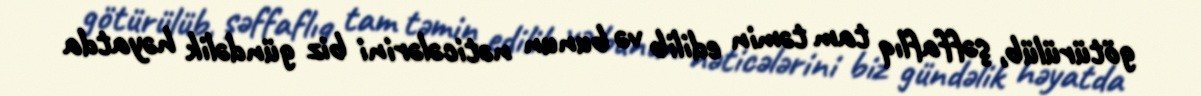
götürülüb, şəffaflıq tam təmin edilib və bunun nəticələrini biz gündəlik həyatda